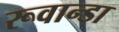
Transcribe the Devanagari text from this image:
रूवान्डा